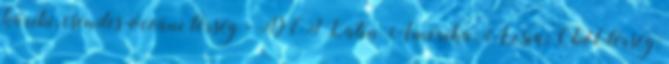
karibi, csendes-óceáni térség - DCI Latin Amerika; Ázsia; Öböl-térség;